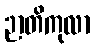
ဉာတိကုလာ